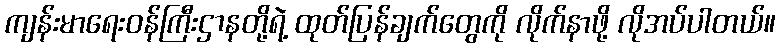
ကျန်းမာရေးဝန်ကြီးဌာနတို့ရဲ့ ထုတ်ပြန်ချက်တွေကို လိုက်နာဖို့ လိုအပ်ပါတယ်။